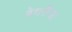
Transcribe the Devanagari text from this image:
बेथसैडा